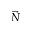
\vec { N }